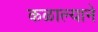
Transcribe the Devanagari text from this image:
कळाल्याने